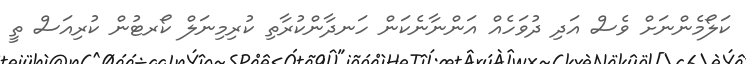
ކަލޯމެންނަށް ވެސް އަދި ދުވަހެއް އަންނާނެކަން ހަނދާންކުރާތި ކުރިމިނަލް ކޯރޓުން ކުރިއަސް ތީ